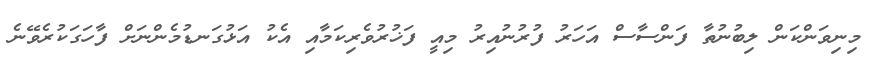
މިނިވަންކަން ލިބުނުތާ ފަންސާސް އަހަރު ފުރުނުއިރު މިއީ ފަޚުރުވެރިކަމާއި އެކު އަޅުގަނޑުމެންނަށް ފާހަގަކުރެވޭނެ